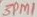
Text: 3Pµ1